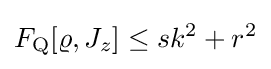
F_{\rm {Q}}[\varrho ,J_{z}]\leq sk^{2}+r^{2}